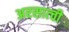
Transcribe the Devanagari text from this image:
अरसात्ची